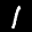
Label: 1